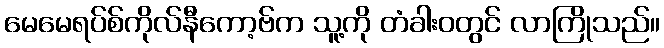
မေမေရပ်စ်ကိုလ်နီကော့ဗ်က သူ့ကို တံခါးဝတွင် လာကြိုသည်။